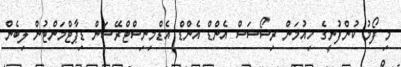
މި ފޯމު ކުންފުނީގެ ހިއުމަން ރިސޯސަސް އެންޑް އެންޑް އެޑްމިނިސްޓްރޭޝަން ޑިޕާޓްމަންޓުން ލިބެން